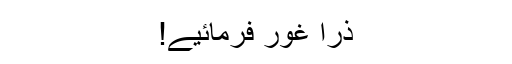
ذرا غور فرمائیے!